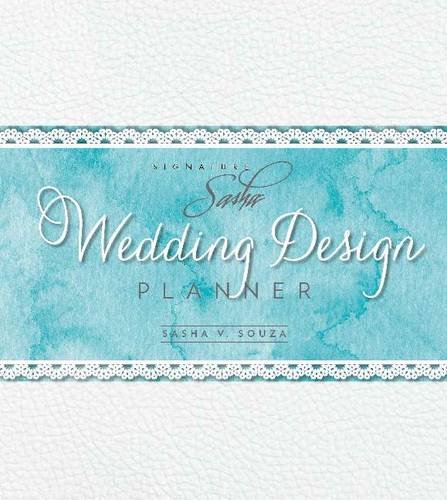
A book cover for Signature Sasha: Wedding Design Planner; Sasha Souza; Crafts, Hobbies & Home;